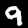
Digit: 9